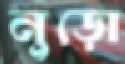
নুড়ো